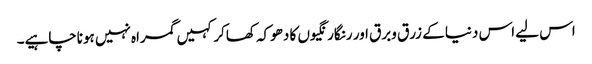
اس لیے اس دنیا کے زرق وبرق اور رنگارنگیوں کا دھوکہ کھاکر کہیں گمراہ نہیں ہوناچاہیے۔